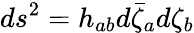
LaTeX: ds^{2}=h_{ab}d\bar{\zeta}_{a}d\zeta_{b}